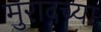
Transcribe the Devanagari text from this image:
मुरादच्या